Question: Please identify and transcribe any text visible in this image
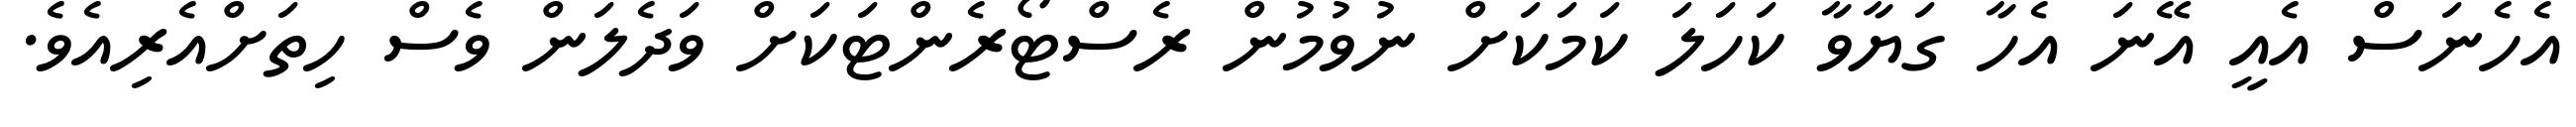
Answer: އެހެނަސް އެއީ އޭނަ އެހާ ގަޔާވާ ކަހަލަ ކަމަކަށް ނުވުމުން ރެސްޓޯރެންޓަކަށް ވަދެލަން ވެސް ހިތަށްއެރިއެވެ.